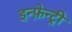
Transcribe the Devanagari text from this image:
इन्फ़ेन्ट्री